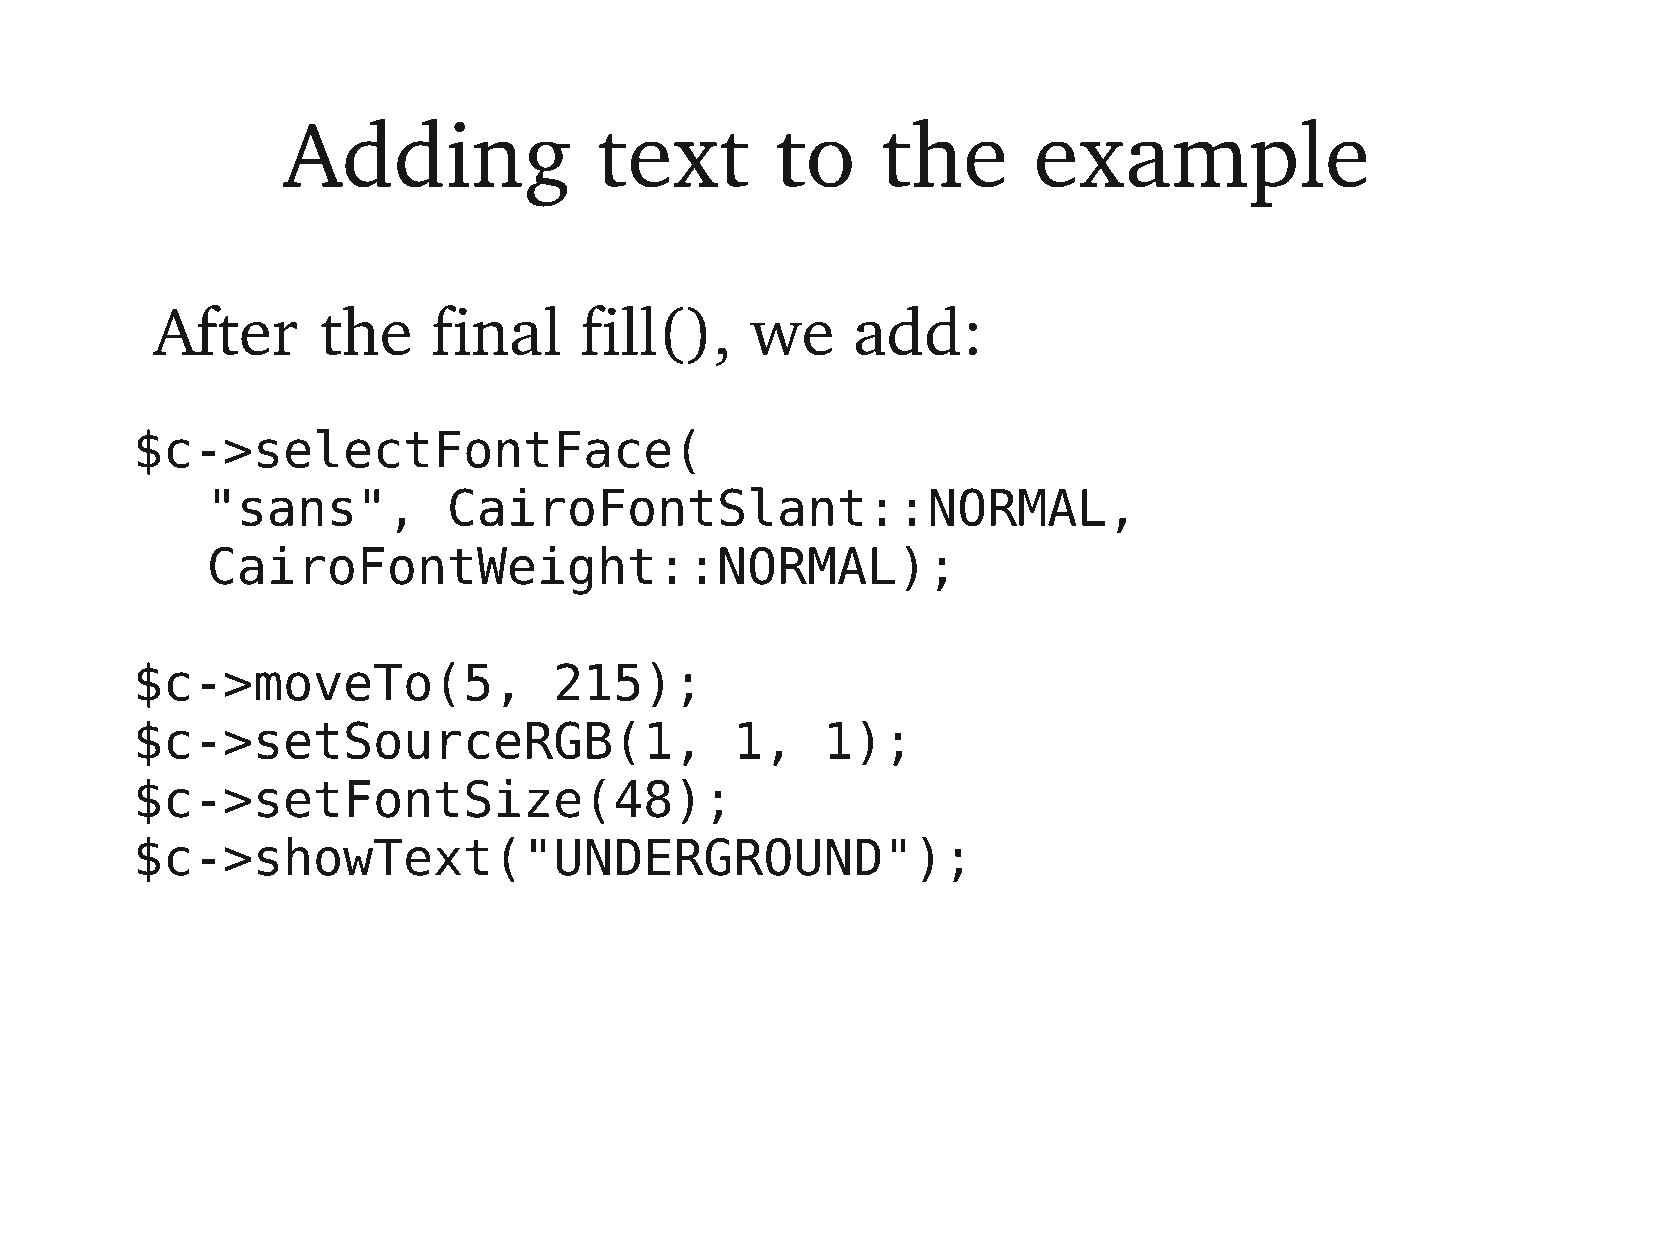
Adding              text        to     the       example
 After      the     final    fill(),     we    add:
 $c->selectFontFace(
 "sans",         CairoFontSlant::NORMAL,
 CairoFontWeight::NORMAL);
 $c->moveTo(5,               215);
 $c->setSourceRGB(1,                     1,   1);
 $c->setFontSize(48);
 $c->showText("UNDERGROUND");